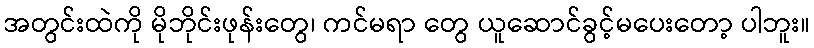
အတွင်းထဲကို မိုဘိုင်းဖုန်းတွေ၊ ကင်မရာ တွေ ယူဆောင်ခွင့်မပေးတော့ ပါဘူး။